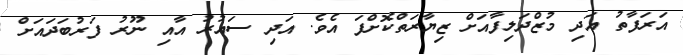
އަރަފާތު އަދި މުޒްދަލިފާއަށް ޒިޔާރަތްކޮށްފަ އެވެ. އަދި ސައުރު އާއި ނޫރު ފަރުބަދައަށް